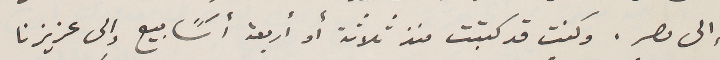
إلى مصر. وكنت قد كتبت منذ ثلاثة أو أربعة أسًابيع إلى عزيزنا